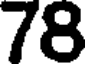
78